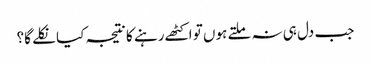
جب دل ہی نہ ملتے ہوں تو اکٹھے رہنے کا نتیجہ کیا نکلے گا؟